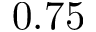
0 . 7 5